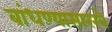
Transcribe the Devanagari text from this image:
बांधण्यासारखे